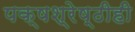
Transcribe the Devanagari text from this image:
पक्षश्रेष्ठीही